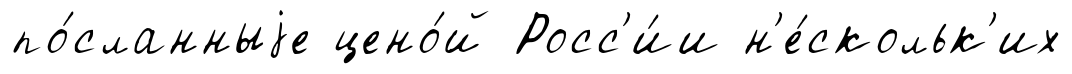
по́сланныjе цено́й Росс'и́и н'е́скольк'их